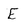
Character: E